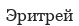
Эритрей